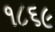
૧૮૬૯